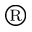
\textsuperscript { \textregistered }